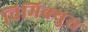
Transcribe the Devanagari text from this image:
चिमिक्युस